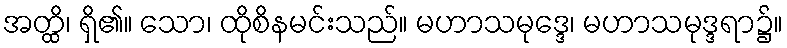
အတ္ထိ၊ ရှိ၏။ သော၊ ထိုစိနမင်းသည်။ မဟာသမုဒ္ဒေ၊ မဟာသမုဒ္ဒရာ၌။